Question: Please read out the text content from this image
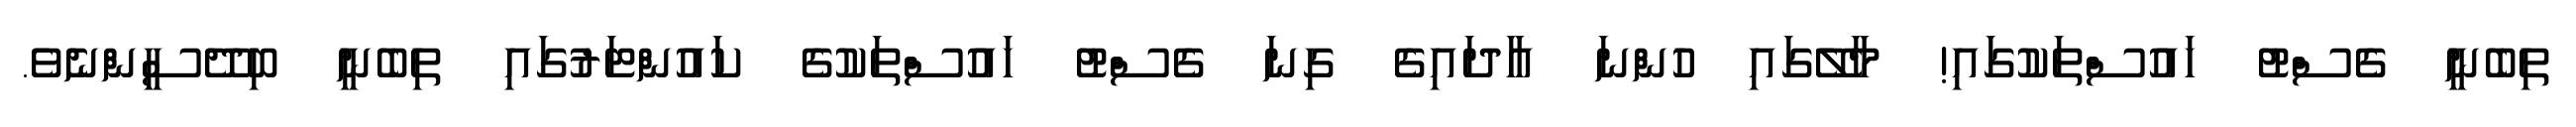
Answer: ތިބެނީ ގެސްޓު ހައުސްތަކުގައި! މާލޭގައި ހުންނަ އާދައިގެ ގިނަ ގެސްޓު ހައުސްތަކުގެ ކައުންޓަރުގައި ތިބެނީ ބިދޭސީންނެވެ.